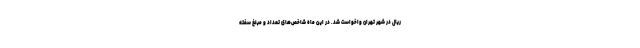
ریال در شهر تهران واخواست شد. در این ماه شاخص‌های تعداد و مبلغ سفته